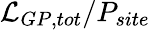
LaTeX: \mathcal{L}_{GP,tot}/P_{site}